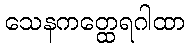
သေနကတ္ထေရဂါထာ